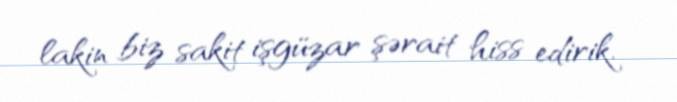
lakin biz sakit işgüzar şərait hiss edirik.